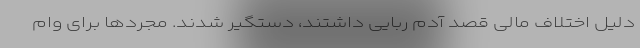
دلیل اختلاف مالی قصد آدم ربایی داشتند، دستگیر شدند. مجردها برای وام